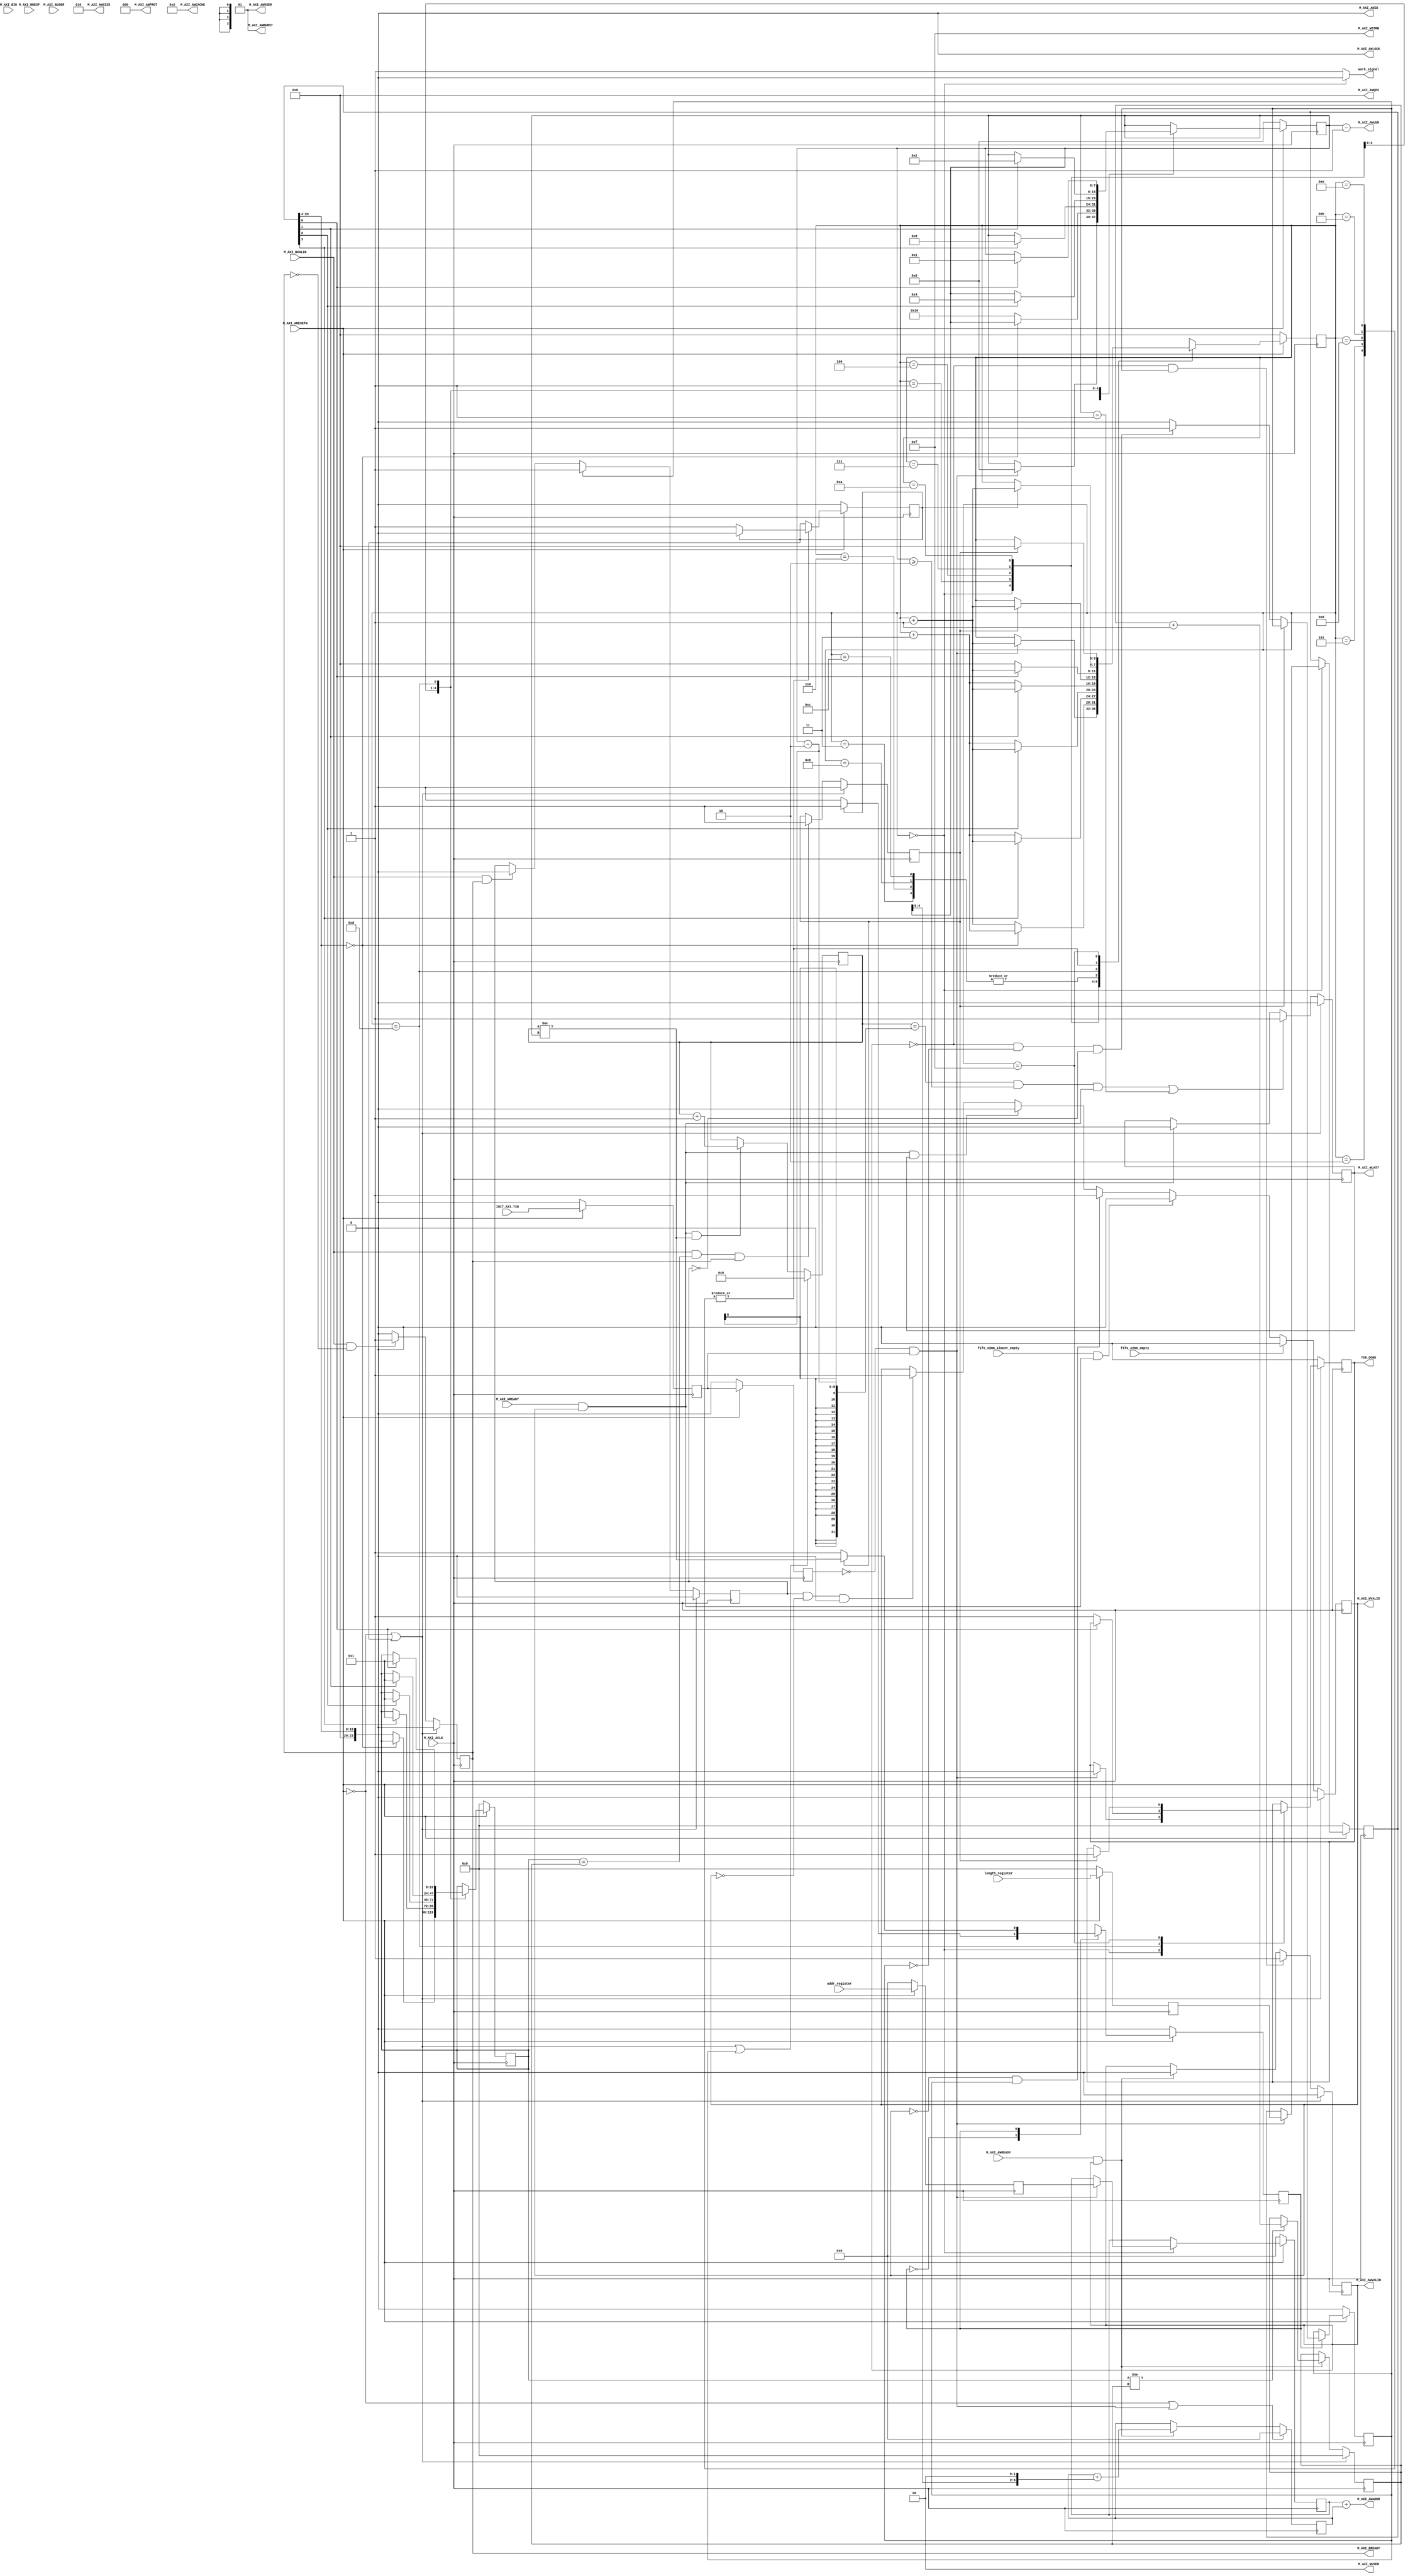

`timescale 1 ns / 1 ps

	module User_DMA_v1_0_M_AXI_FULL_s2mm #
	(
		// Users to add parameters here

		// User parameters ends
		// Do not modify the parameters beyond this line

		// Base address of targeted slave
		parameter  C_M_TARGET_SLAVE_BASE_ADDR	= 32'h40000000,
		// Burst Length. Supports 1, 2, 4, 8, 16, 32, 64, 128, 256 burst lengths
		parameter integer C_M_AXI_BURST_LEN	= 16,
		// Thread ID Width
		parameter integer C_M_AXI_ID_WIDTH	= 1,
		// Width of Address Bus
		parameter integer C_M_AXI_ADDR_WIDTH	= 32,
		// Width of Data Bus
		parameter integer C_M_AXI_DATA_WIDTH	= 32,
		// Width of User Write Address Bus
		parameter integer C_M_AXI_AWUSER_WIDTH	= 0,
		// Width of User Read Address Bus
		parameter integer C_M_AXI_ARUSER_WIDTH	= 0,
		// Width of User Write Data Bus
		parameter integer C_M_AXI_WUSER_WIDTH	= 0,
		// Width of User Read Data Bus
		parameter integer C_M_AXI_RUSER_WIDTH	= 0,
		// Width of User Response Bus
		parameter integer C_M_AXI_BUSER_WIDTH	= 0
	)
	(
		// Users to add ports here

		input fifo_s2mm_empty,
		input fifo_s2mm_almost_empty,

		input [23:0] length_register,
		input [31:0] addr_register,

        output work_signal,
		// User ports ends
		// Do not modify the ports beyond this line

		// Initiate AXI transactions
		input wire  INIT_AXI_TXN,
		// Asserts when transaction is complete
		output wire  TXN_DONE,


		// Global Clock Signal.
		input wire  M_AXI_ACLK,
		// Global Reset Singal. This Signal is Active Low
		input wire  M_AXI_ARESETN,
		// Master Interface Write Address ID
		output wire [C_M_AXI_ID_WIDTH-1 : 0] M_AXI_AWID,
		// Master Interface Write Address
		output wire [C_M_AXI_ADDR_WIDTH-1 : 0] M_AXI_AWADDR,
		// Burst length. The burst length gives the exact number of transfers in a burst
		output wire [7 : 0] M_AXI_AWLEN,
		// Burst size. This signal indicates the size of each transfer in the burst
		output wire [2 : 0] M_AXI_AWSIZE,
		// Burst type. The burst type and the size information,
    // determine how the address for each transfer within the burst is calculated.
		output wire [1 : 0] M_AXI_AWBURST,
		// Lock type. Provides additional information about the
    // atomic characteristics of the transfer.
		output wire  M_AXI_AWLOCK,
		// Memory type. This signal indicates how transactions
    // are required to progress through a system.
		output wire [3 : 0] M_AXI_AWCACHE,
		// Protection type. This signal indicates the privilege
    // and security level of the transaction, and whether
    // the transaction is a data access or an instruction access.
		output wire [2 : 0] M_AXI_AWPROT,
		// Quality of Service, QoS identifier sent for each write transaction.
		output wire [3 : 0] M_AXI_AWQOS,
		// Optional User-defined signal in the write address channel.
		output wire [C_M_AXI_AWUSER_WIDTH-1 : 0] M_AXI_AWUSER,
		// Write address valid. This signal indicates that
    // the channel is signaling valid write address and control information.
		output wire  M_AXI_AWVALID,
		// Write address ready. This signal indicates that
    // the slave is ready to accept an address and associated control signals
		input wire  M_AXI_AWREADY,
		// Master Interface Write Data.
		// output wire [C_M_AXI_DATA_WIDTH-1 : 0] M_AXI_WDATA,
		// Write strobes. This signal indicates which byte
    // lanes hold valid data. There is one write strobe
    // bit for each eight bits of the write data bus.
		output wire [C_M_AXI_DATA_WIDTH/8-1 : 0] M_AXI_WSTRB,
		// Write last. This signal indicates the last transfer in a write burst.
		output wire  M_AXI_WLAST,
		// Optional User-defined signal in the write data channel.
		output wire [C_M_AXI_WUSER_WIDTH-1 : 0] M_AXI_WUSER,
		// Write valid. This signal indicates that valid write
    // data and strobes are available
		output wire  M_AXI_WVALID,
		// Write ready. This signal indicates that the slave
    // can accept the write data.
		input wire  M_AXI_WREADY,
		// Master Interface Write Response.
		input wire [C_M_AXI_ID_WIDTH-1 : 0] M_AXI_BID,
		// Write response. This signal indicates the status of the write transaction.
		input wire [1 : 0] M_AXI_BRESP,
		// Optional User-defined signal in the write response channel
		input wire [C_M_AXI_BUSER_WIDTH-1 : 0] M_AXI_BUSER,
		// Write response valid. This signal indicates that the
    // channel is signaling a valid write response.
		input wire  M_AXI_BVALID,
		// Response ready. This signal indicates that the master
    // can accept a write response.
		output wire  M_AXI_BREADY
	);

	  function integer clogb2 (input integer bit_depth);
	  begin
	    for(clogb2=0; bit_depth>0; clogb2=clogb2+1)
	      bit_depth = bit_depth >> 1;
	    end
	  endfunction


    reg all_done;
    reg [3:0] state_ctrl;
    reg [23:0] burst_count;
	  reg state_write;
	  wire init_state_signal;
    reg [23:0] len_r_ff,len_r_state;
    reg [31:0] addr_r_ff,addr_r_state;

	reg [C_M_AXI_ADDR_WIDTH-1 : 0] 	axi_awaddr;
	reg  	axi_awvalid;
	reg  	axi_wlast;
	reg  	axi_wvalid;
	reg  	axi_bready;

	reg [4 : 0] 	write_index;

	wire [6 : 0] 	burst_size_bytes;
	reg [23 : 0] 	write_burst_counter;

	reg  	start_single_burst_write;

	reg  	writes_done;

	reg  	burst_write_active;


	wire  	wnext;

	reg  	init_txn_ff;
	reg  	init_txn_ff2;
	reg  	init_txn_edge;
	reg  	init_txn_pulse;

	reg [7:0] burst_len;

	assign M_AXI_AWID	= 'b0;
	assign M_AXI_AWADDR	= addr_r_state + axi_awaddr;
	assign M_AXI_AWLEN	= burst_len - 1;
	assign M_AXI_AWSIZE	= clogb2((C_M_AXI_DATA_WIDTH/8)-1);
	assign M_AXI_AWBURST	= 2'b01;
	assign M_AXI_AWLOCK	= 1'b0;
	assign M_AXI_AWCACHE	= 4'b0010;
	assign M_AXI_AWPROT	= 3'h0;
	assign M_AXI_AWQOS	= 4'h0;
	assign M_AXI_AWUSER	= 'b1;
	assign M_AXI_AWVALID	= axi_awvalid;
	// assign M_AXI_WDATA	= axi_wdata;
	assign M_AXI_WSTRB	= {(C_M_AXI_DATA_WIDTH/8){1'b1}};
	assign M_AXI_WLAST	= axi_wlast;
	assign M_AXI_WUSER	= 'b0;
	assign M_AXI_WVALID	= axi_wvalid;
	assign M_AXI_BREADY	= axi_bready;
	assign TXN_DONE	= all_done;
	assign burst_size_bytes	= burst_len << 2; //C_M_AXI_DATA_WIDTH/8

	  always @(posedge M_AXI_ACLK)
	  begin
	    if (M_AXI_ARESETN == 0 || init_txn_pulse == 1'b1 )
	      begin
	        axi_awvalid <= 1'b0;
	      end
	    else if (~axi_awvalid && start_single_burst_write)
	      begin
	        axi_awvalid <= 1'b1;
	      end
	    else if (M_AXI_AWREADY && axi_awvalid)
	      begin
	        axi_awvalid <= 1'b0;
	      end
	    else
	      axi_awvalid <= axi_awvalid;
	    end

	  always @(posedge M_AXI_ACLK)
	  begin
	    if (M_AXI_ARESETN == 0 || init_state_signal == 1'b1)
	      begin
	        axi_awaddr <= 'b0;
	      end
	    else if (M_AXI_AWREADY && axi_awvalid)
	      begin
	        axi_awaddr <= axi_awaddr + burst_size_bytes;
	      end
	    else
	      axi_awaddr <= axi_awaddr;
	    end

	  assign wnext = M_AXI_WREADY & axi_wvalid;

	  always @(posedge M_AXI_ACLK)
	  begin
	   if (M_AXI_ARESETN == 0 || init_txn_pulse == 1'b1 )
	     begin
	       axi_wvalid <= 1'b0;
	     end
	   else if (fifo_s2mm_empty)
	     begin
		   axi_wvalid <= 1'b0;
		 end
	   else if (fifo_s2mm_almost_empty && wnext)
		 begin
		   axi_wvalid <= 1'b0;
		 end
	   else if (~axi_wvalid && start_single_burst_write)
	     begin
	       axi_wvalid <= 1'b1;
	     end
       else if (wnext && axi_wlast)
         begin
           axi_wvalid <= 1'b0;
         end
       else if(burst_write_active && !axi_wvalid && (write_index != burst_len) ) //
         begin
            axi_wvalid<=1'b1;
         end
	    else
	      axi_wvalid <= axi_wvalid;
	  end

	  always @(posedge M_AXI_ACLK)
	  begin
	    if (M_AXI_ARESETN == 0 || init_txn_pulse == 1'b1 )
	      begin
	        axi_wlast <= 1'b0;
	      end
	    else if (((write_index == burst_len-2 && burst_len >= 2) && wnext) || (burst_len == 1 ))
	      begin
	        axi_wlast <= 1'b1;
	      end
	    else if (wnext)
	      axi_wlast <= 1'b0;
	    else
	      axi_wlast <= axi_wlast;
	  end

	  always @(posedge M_AXI_ACLK)
	  begin
	    if (M_AXI_ARESETN == 0 || init_txn_pulse == 1'b1 || start_single_burst_write == 1'b1)
	      begin
	        write_index <= 0;
	      end
	    else if (wnext && (write_index != burst_len))
	      begin
	        write_index <= write_index + 1;
	      end
	    else
	      write_index <= write_index;
	  end

	  always @(posedge M_AXI_ACLK)
	  begin
	    if (M_AXI_ARESETN == 0 || init_txn_pulse == 1'b1 )
	      begin
	        axi_bready <= 1'b0;
	      end
	    else if (M_AXI_BVALID && ~axi_bready)
	      begin
	        axi_bready <= 1'b1;
	      end
	    else if (axi_bready)
	      begin
	        axi_bready <= 1'b0;
	      end
	    else
	      axi_bready <= axi_bready;
	  end

	  always @(posedge M_AXI_ACLK)
	  begin
	    if (M_AXI_ARESETN == 0 || init_txn_pulse == 1'b1 )
	      begin
	        write_burst_counter <= 'b0;
	      end
	    else if (M_AXI_AWREADY && axi_awvalid)
	      begin
	        if ( burst_count != write_burst_counter )
	          begin
	            write_burst_counter <= write_burst_counter + 1'b1;
	          end
	      end
	    else
	      write_burst_counter <= write_burst_counter;
	  end

	  always @(posedge M_AXI_ACLK)
	  begin
	    if (M_AXI_ARESETN == 0 || init_txn_pulse == 1'b1)
	      burst_write_active <= 1'b0;
	    else if (start_single_burst_write)
	      burst_write_active <= 1'b1;
	    else if (M_AXI_BVALID && axi_bready)
	      burst_write_active <= 0;
	  end

	  always @(posedge M_AXI_ACLK)
	  begin
	    if (M_AXI_ARESETN == 0 || init_txn_pulse == 1'b1)
	      writes_done <= 1'b0;
	    else if (M_AXI_BVALID && (burst_count == write_burst_counter) && axi_bready)
	      writes_done <= 1'b1;
	    else
	      writes_done <= writes_done;
	    end

	// Add user logic here
	always @(posedge M_AXI_ACLK)
	  begin
	    // Initiates AXI transaction delay
	    if (M_AXI_ARESETN == 0 )
	      begin
	        init_txn_ff <= 1'b0;
	        init_txn_ff2 <= 1'b0;
	      end
	    else
	      begin
	        init_txn_ff <= INIT_AXI_TXN;
	        init_txn_ff2 <= init_txn_ff;
	      end
	  end



	assign init_state_signal	= (!init_txn_ff2) && init_txn_ff;



	always @(posedge M_AXI_ACLK)
	  begin
	    if (M_AXI_ARESETN == 0 )
	      begin
	        len_r_ff  <= 0;
					addr_r_ff <= 0;
	      end
	    else
	      begin
	        len_r_ff  <= length_register;
					addr_r_ff <= addr_register;
	      end
	  end

    assign work_signal = (state_ctrl==0) ? 0 : 1;

			always @(posedge M_AXI_ACLK)
			  begin
			    if (M_AXI_ARESETN == 0 )
			      begin
							state_ctrl <= 0;

							len_r_state <= 0;
							addr_r_state <= 0;

							burst_len <= 0;
							burst_count <= 0;

							init_txn_pulse <=0;
							all_done <= 0;

			      end
			    else
			      begin
							case (state_ctrl)

								0:
								begin
									if ( init_state_signal == 1'b1)
										begin
											state_ctrl  <= state_ctrl + 1;

											len_r_state <= len_r_ff;
											addr_r_state <= addr_r_ff;

											burst_len <= 0;

											all_done <= 0;
										end
									else
										begin
											state_ctrl  <= state_ctrl;
										end
								end

								1:
								begin
									if(len_r_state[23:4] == 20'd0)
										begin
											state_ctrl <= state_ctrl + 3;
										end
									else
										begin
											state_ctrl <= state_ctrl + 1;
											burst_len <= 16;
											burst_count <= len_r_state[23:4];
										end
								end

								2:
								begin
									if(init_txn_pulse)
										begin
											init_txn_pulse <= 0;
											state_ctrl <= state_ctrl + 1;
										end
									else
										begin
											init_txn_pulse <= 1;
											state_ctrl <= state_ctrl;
										end
								end

								3:
								begin
									if(writes_done)
										begin
											state_ctrl <= state_ctrl + 1;
										end
									else
										begin
											state_ctrl <= state_ctrl;
										end
								end

								4:
								begin
									if(len_r_state[3])
										begin
											state_ctrl <= state_ctrl + 1;
											burst_len <= 8;
											burst_count <= 1;
										end
									else
										begin
											state_ctrl <= state_ctrl + 3;
										end
								end

								5:
								begin
									if(init_txn_pulse)
										begin
											init_txn_pulse <= 0;
											state_ctrl <= state_ctrl + 1;
										end
									else
										begin
											init_txn_pulse <= 1;
											state_ctrl <= state_ctrl;
										end
								end

								6:
								begin
									if(writes_done)
										begin
											state_ctrl <= state_ctrl + 1;
										end
									else
										begin
											state_ctrl <= state_ctrl;
										end
								end

								7:
								begin
									if(len_r_state[2])
										begin
											state_ctrl <= state_ctrl + 1;
											burst_len <= 4;
											burst_count <= 1;
										end
									else
										begin
											state_ctrl <= state_ctrl + 3;
										end
								end

								8:
								begin
									if(init_txn_pulse)
										begin
											init_txn_pulse <= 0;
											state_ctrl <= state_ctrl + 1;
										end
									else
										begin
											init_txn_pulse <= 1;
											state_ctrl <= state_ctrl;
										end
								end

								9:
								begin
									if(writes_done)
										begin
											state_ctrl <= state_ctrl + 1;
										end
									else
										begin
											state_ctrl <= state_ctrl;
										end
								end

								10:
								begin
									if(len_r_state[1])
										begin
											state_ctrl <= state_ctrl + 1;
											burst_len <= 2;
											burst_count <= 1;
										end
									else
										begin
											state_ctrl <= state_ctrl + 3;
										end
								end

								11:
								begin
									if(init_txn_pulse)
										begin
											init_txn_pulse <= 0;
											state_ctrl <= state_ctrl + 1;
										end
									else
										begin
											init_txn_pulse <= 1;
											state_ctrl <= state_ctrl;
										end
								end

								12:
								begin
									if(writes_done)
										begin
											state_ctrl <= state_ctrl + 1;
										end
									else
										begin
											state_ctrl <= state_ctrl;
										end
								end

								13:
								begin
									if(len_r_state[0])
										begin
											state_ctrl <= state_ctrl + 1;
											burst_len <= 1;
											burst_count <= 1;
										end
									else
										begin
											state_ctrl <= 0;
											all_done   <= 1;
										end
								end

								14:
								begin
									if(init_txn_pulse)
										begin
											init_txn_pulse <= 0;
											state_ctrl <= state_ctrl + 1;
										end
									else
										begin
											init_txn_pulse <= 1;
											state_ctrl <= state_ctrl;
										end
								end

								15:
								begin
									if(writes_done)
										begin
											state_ctrl <= 0;
											all_done <= 1;
										end
									else
										begin
											state_ctrl <= state_ctrl;
										end
								end

							default:
								begin
                    state_ctrl<=0;
								end
							endcase
			      end
			  end


	always @ ( posedge M_AXI_ACLK)
	begin
		if (M_AXI_ARESETN == 1'b0 )
			begin
				state_write <= 0;
				start_single_burst_write  <= 1'b0;
			end
		else
			begin
				case (state_write)

					0:
					begin
						if ( init_txn_pulse == 1'b1)
							begin
								state_write  <= 1;
							end
						else
							begin
								state_write  <= state_write;
							end
					end

					1:
					begin
						if (writes_done)
							begin
								state_write <= 0;
							end
						else
							begin
								state_write  <= state_write;

								if (~axi_awvalid && ~start_single_burst_write && ~burst_write_active)
									begin
										start_single_burst_write <= 1'b1;
									end
								else
									begin
										start_single_burst_write <= 1'b0; //Negate to generate a pulse
									end
							end
					end

					default :
						begin
							state_write <= 0;
						end
				endcase
			end
	end
	// User logic ends

	endmodule